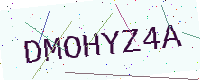
Text: DMOHYZ4A